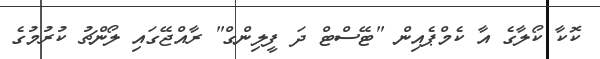
ކޮކާ ކޯލާގެ އާ ކެމްޕެއިން "ޓޭސްޓް ދަ ފީލިންގް" ރާއްޖޭގައި ލޯންޗު ކުރުމުގެ